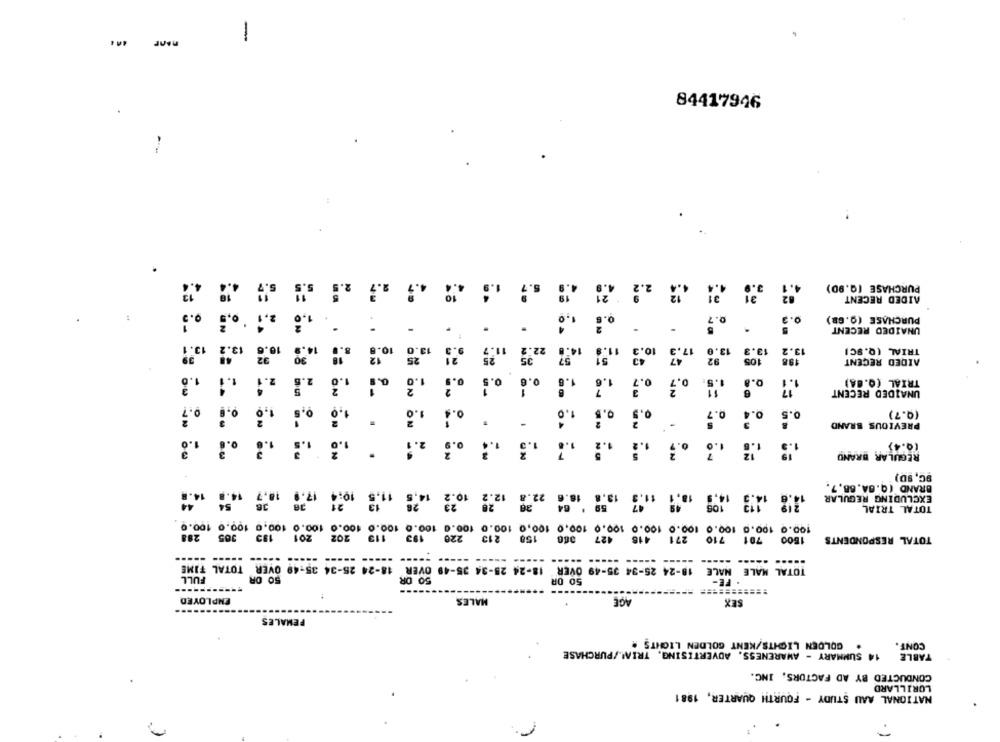
1
nonr
84417946
..;
PURCHASE (Q.90)
AIDED RECENT
0.3
PURCHASE (0.68)
UNAIDED RECENT
10.
13.0
13.
13.2
TRIAL (Q.9CI
57
51
105
AIDED RECENT
..
0.8
TRIAL (0.0A)
1.8
UNAIDED RECENT
0.7
1.0
0.1
1.0
0.1
0.7
0.4
0.5
(Q.7)
PREVIOUS BRAND
1.6
2.1
1.0
0.
1.5
1.6
1.0
(Q.4)
: .. .
REGULAR BRAND
.. . .. . . .
== 6. 1 6.6. 14
9C, SD)
22.8
BRAND (Q.04.68,7.
12.2 10.2
13.8
14.9
EXCLUDING REGULAR
TOTAL TRIAL
100.0 100.0 100.0 100,0 100.0 100.0 100.0 100.0 100.0 100.0 100.0 100.0 100.0
305 288
112
201
202
202 201
193
220
213
150
427
416
271
710
701
1500
TOTAL RESPONDENTS
18-24 28-34 35-49 OVER 18-24 25-34 35-49 OVER TOTAL TIME
18-24 25-34 35-49 OVER
TOTAL MALE MALE
FULL
50 OR
50 OR
50 0R
. FE-
t
EMPLOYED
MALES
AGE
SEX
---
FEMALES
. GOLDEN LIGHTS/KENT GOLDEN LIGHTS
CONT.
14 SUMMARY - AWARENESS, ADVERTISING, TRIA! /PURCHASE
TABLE
CONDUCTED BY AD FACTORS, INC.
LORILLARD
NATIONAL AAU STUDY - FOURTH QUARTER, 1981